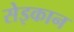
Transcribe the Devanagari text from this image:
सेइकान